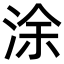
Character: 涂